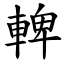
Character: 䡟